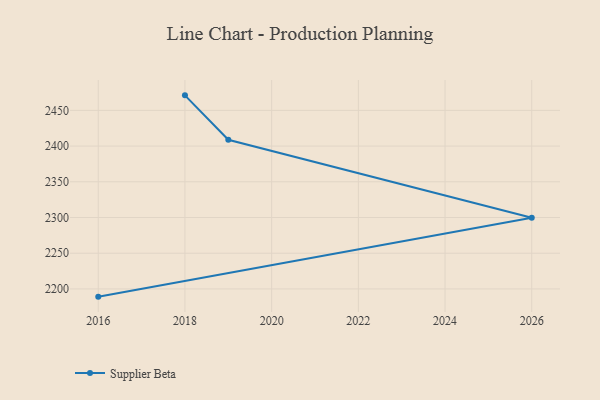
{"axis": {"x": "Year", "y": "Budget (USD K)"}, "legend": ["Supplier Beta"], "data": [{"x": "2016", "y": 2189.2, "type": "Supplier Beta"}, {"x": "2026", "y": 2299.7, "type": "Supplier Beta"}, {"x": "2019", "y": 2408.8, "type": "Supplier Beta"}, {"x": "2018", "y": 2471.0, "type": "Supplier Beta"}]}